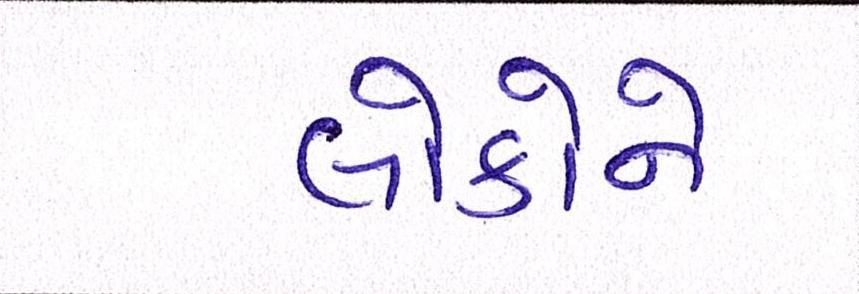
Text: લોકોને